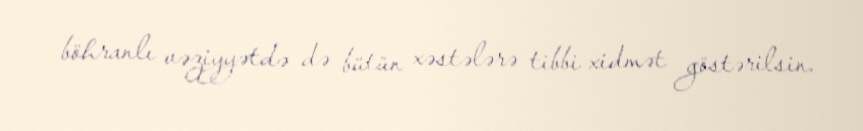
böhranlı vəziyyətdə də bütün xəstələrə tibbi xidmət göstərilsin.